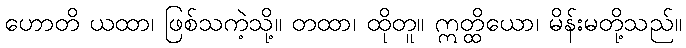
ဟောတိ ယထာ၊ ဖြစ်သကဲ့သို့။ တထာ၊ ထိုတူ။ ဣတ္ထိယော၊ မိန်းမတို့သည်။